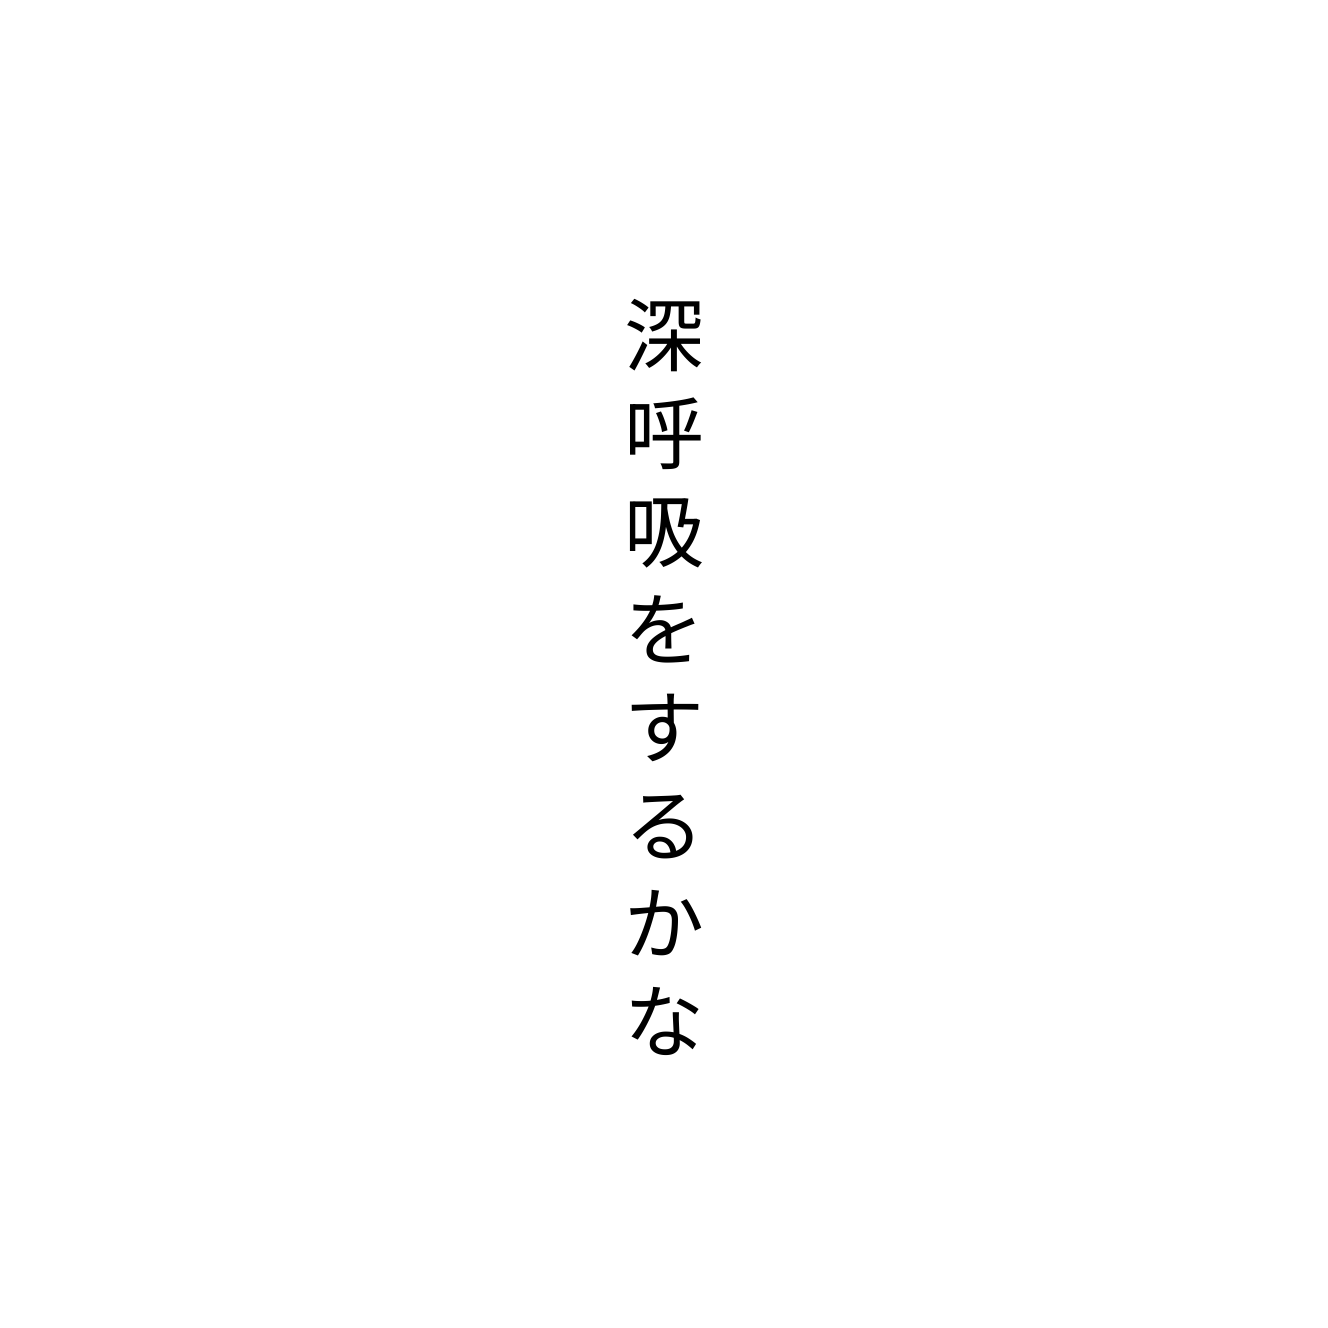
深呼吸をするかな